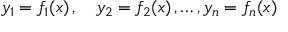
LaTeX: y _ { 1 } = f _ { 1 } ( x ) \, , \quad y _ { 2 } = f _ { 2 } ( x ) \, , \ldots , y _ { n } = f _ { n } ( x )